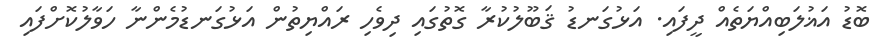
ބޮޑު އަޣުލަބިއްޔަތެއް ދީފައި. އަޅުގަނޑު ޤަބޫލުކުރާ ގޮތުގައި ދިވެހި ރައްޔިތުން އަޅުގަނޑުމެންނާ ހަވާލުކޮށްފައި